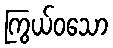
ကြွယ်ဝသော